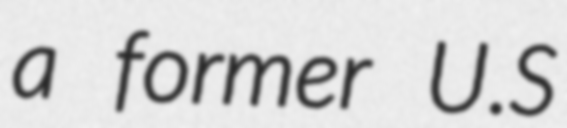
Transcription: a former U.S